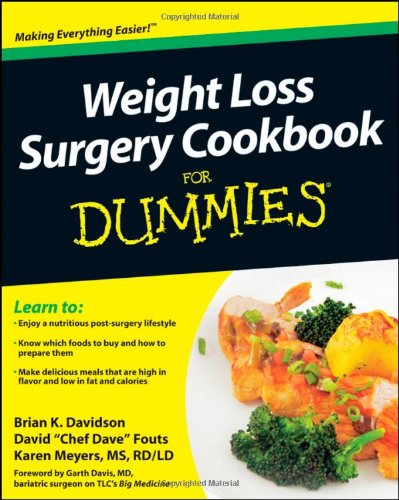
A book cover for Weight Loss Surgery Cookbook For Dummies; Brian K. Davidson; Cookbooks, Food & Wine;